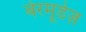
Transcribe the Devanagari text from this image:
बेरमूडेज़